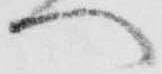
へ